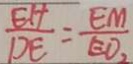
\frac { E H } { D E } = \frac { E M } { E O _ { 2 } }